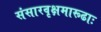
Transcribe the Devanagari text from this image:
संसारवृक्षमारूढाः